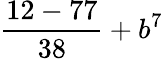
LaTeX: \frac{12-77}{38}+b^{7}